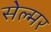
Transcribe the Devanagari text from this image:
सेल्मर